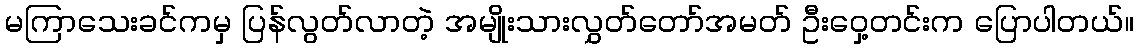
မကြာသေးခင်ကမှ ပြန်လွတ်လာတဲ့ အမျိုးသားလွှတ်တော်အမတ် ဦးဝှေ့တင်းက ပြောပါတယ်။